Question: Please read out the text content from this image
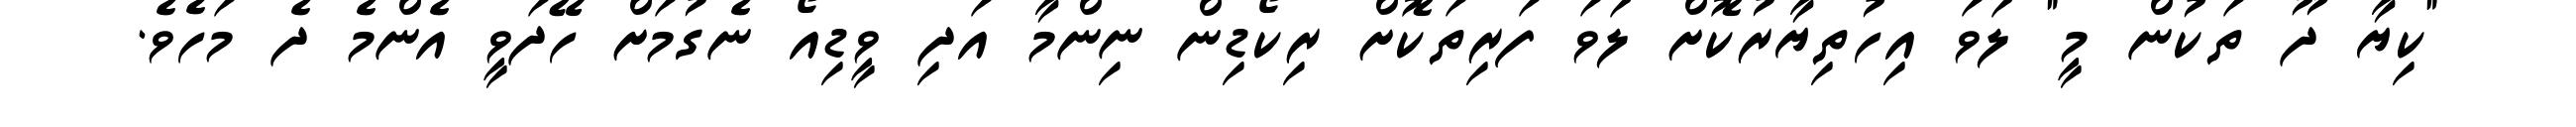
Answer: "ކިޔާ ދޫ ތަކުން މީ" ލަވަ އިހުތިޔާރުކޮށް ލަވަ ފަރިތަކޮށް ރިކޯޑިން ނިންމާ އަދި ވީޑިއޯ ނެގުމަށް ހޭދަވީ އެންމެ ދެ މަހެވެ.